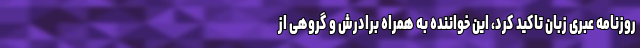
روزنامه عبری زبان تاکید کرد، این خواننده به همراه برادرش و گروهی از